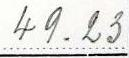
49.23